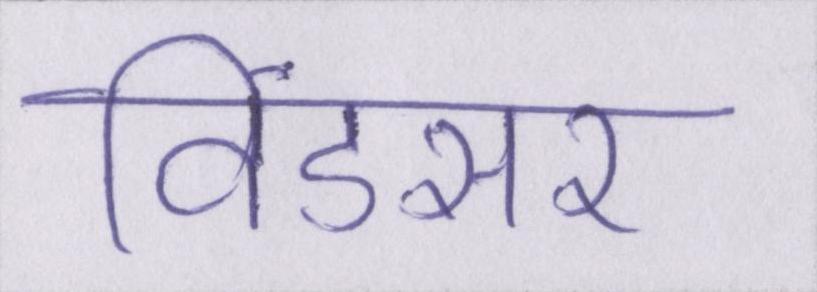
विंडसर